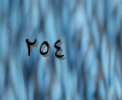
٢٥٤